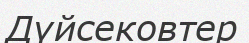
Дүйсековтер